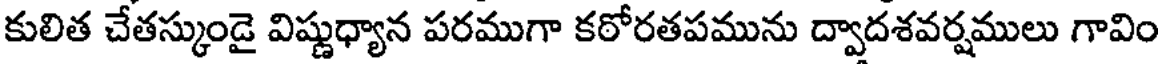
కులిత చేతస్కుండై విష్ణుధ్యాన పరముగా కఠోరతపమును ద్వాదశవర్షములు గావిం